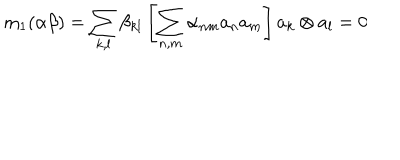
LaTeX: \mathrm { m } _ { 1 } ( \alpha \beta ) = \sum _ { k , l } \beta _ { k l } \left[ \sum _ { n , m } \alpha _ { n m } a _ { n } a _ { m } \right] a _ { k } \otimes a _ { l } = 0